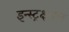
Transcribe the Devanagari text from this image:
इन्स्ट्रक्षनल